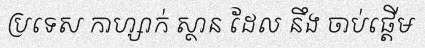
ប្រទេស កាហ្សាក់ ស្ថាន ដែល នឹង ចាប់ផ្តើម